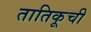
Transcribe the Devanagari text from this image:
तातिकूची